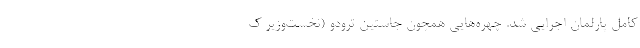
کامل پارلمان اجرایی شد. چهره‌هایی همچون جاستین ترودو (نخست‌وزیر ک